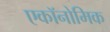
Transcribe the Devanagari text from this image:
एकॉनोमिक